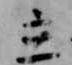
立